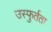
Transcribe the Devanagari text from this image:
उस्फुर्तता